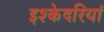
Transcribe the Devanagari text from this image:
इश्केदरियां